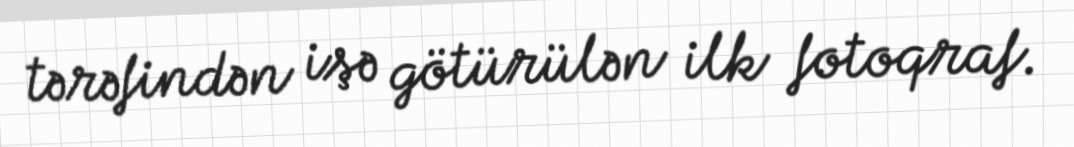
tərəfindən işə götürülən ilk fotoqraf.